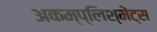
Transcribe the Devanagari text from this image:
अकम्प्लिश्मेंट्स